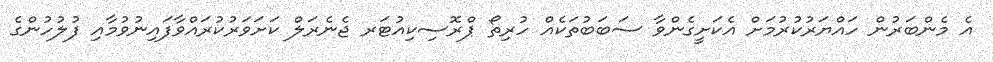
އެ މެންބަރުން ހައްޔަރުކުރުމަށް އެކަށީގެންވާ ސަބަބުތަކެއް ހުރިތޯ ޕްރޮސިކިއުޓަރ ޖެނެރަލް ކަށަވަރުކުރައްވާފައިނުވުމާއި ފުލުހުންގެ